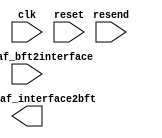
module page_bb(
    input wire clk,
    input wire [48 : 0] din_leaf_bft2interface,
    output wire [48 : 0] dout_leaf_interface2bft,
    input wire resend,
    input wire reset
    );
    
endmodule